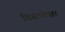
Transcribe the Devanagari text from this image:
डिसप्लेसर